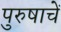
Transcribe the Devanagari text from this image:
पुरुषाचें